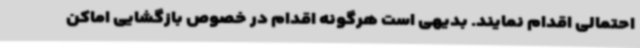
احتمالی اقدام نمایند. بدیهی است هرگونه اقدام در خصوص بازگشایی اماکن